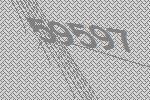
59597